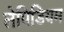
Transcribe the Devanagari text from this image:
लेपिडियम